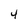
Character: 4